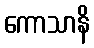
ကောသာနိ